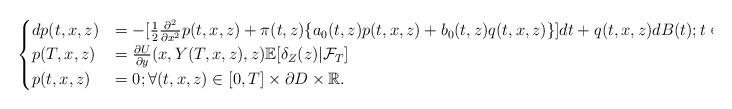
LaTeX: \begin{align*}\begin{cases}dp(t,x,z) &= -[\frac{1}{2}\frac{\partial^2}{\partial x^2}p(t,x,z)+\pi(t,z)\{a_0(t,z)p(t,x,z) + b_0(t,z)q(t,x,z)\}]dt+ q(t,x,z) dB(t); t\in[0, T]\\p(T,x,z)&= \frac{\partial U}{\partial y}(x,Y(T,x,z),z)\mathbb{E}[\delta_Z(z)|\mathcal{F}_T]\\p(t,x,z)&=0 ; \forall (t,x,z)\in[0,T]\times \partial D\times \mathbb{R}.\end{cases}\end{align*}